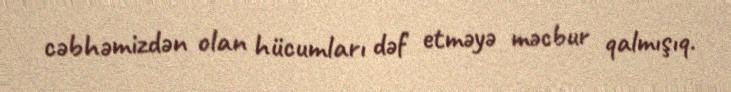
cəbhəmizdən olan hücumları dəf etməyə məcbur qalmışıq.